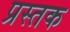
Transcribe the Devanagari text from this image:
प्रस्तक